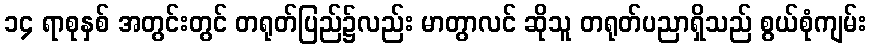
၁၄ ရာစုနှစ် အတွင်းတွင် တရုတ်ပြည်၌လည်း မာတွာလင် ဆိုသူ တရုတ်ပညာရှိသည် စွယ်စုံကျမ်း